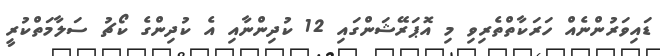
ޑައިވަރުންނެއް ހަރަކާތްތެރިވި މި އޮޕަރޭޝަންގައި 12 ކުދިންނާއި އެ ކުދިންގެ ކޯޗު ސަލާމަތްކުރީ